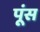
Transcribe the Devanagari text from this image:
पूंस